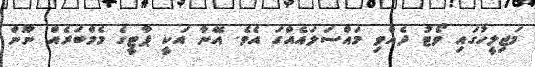
މަޖިލީހުގައި ވޯޓު ދެއްވި މައްސަލައެއްގަ އެވެ. އޭނާ އަކީ ޕާޓީގެ މެމްބަރެއް ނޫން